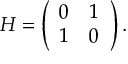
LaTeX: H = \left( \begin{array} { c c } { { 0 } } & { { 1 } } \\ { { 1 } } & { { 0 } } \end{array} \right) .